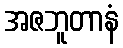
အဇဘူတာနံ